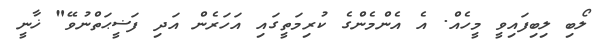
ލޯބި ލިބިފައިވީ މީހެއް. އެ އެންމެންގެ ކުރިމަތީގައި އަހަރެން އަދި ފަޟީޙަތްނުވޭ" ޚާނީ